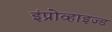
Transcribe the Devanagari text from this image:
इंप्रोव्हाइज्ड